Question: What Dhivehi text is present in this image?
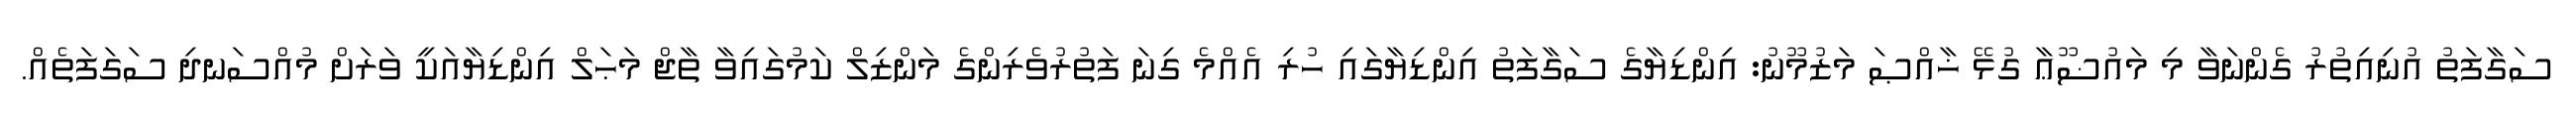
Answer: ސަގާފަތު އުނިއިތުރު ގެންނަވާ މި މައުޟޫޢާ ގުޅޭ ޚާއްޞަ މަޒުމޫނު: އިންޑިޔާގެ ސަގާފަތު އިންޑިޔާގައި ހުރި އެއްމެ ގިނަ ފަތުރުވެރިންގެ މަންޒިލް ކަމުގައިވާ ތާޖް މަޙަލް އިންޑިޔާއަކީ ވަރަށް މުއްސަނދި ސަގަފަތެއް.